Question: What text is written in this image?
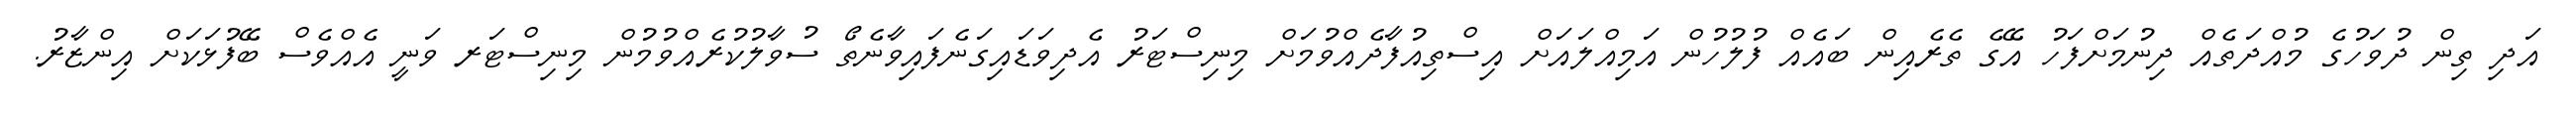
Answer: އަދި ތިން ދުވަހުގެ މުއްދަތެއް ދިނުމަށްފަހު އޭގެ ތެރެއިން ބައެއް ފުލުހުން އަމިއްލައަށް އިސްތިއުފާދެއްވުމަށް މިނިސްޓަރު އެދިވަޑައިގަނެފައިވާނެތޯ ސުވާލުކުރެއްވުމުން މިނިސްޓަރ ވަނީ އެއްވެސް ބޭފުޅަކަށް އިންޒާރު.